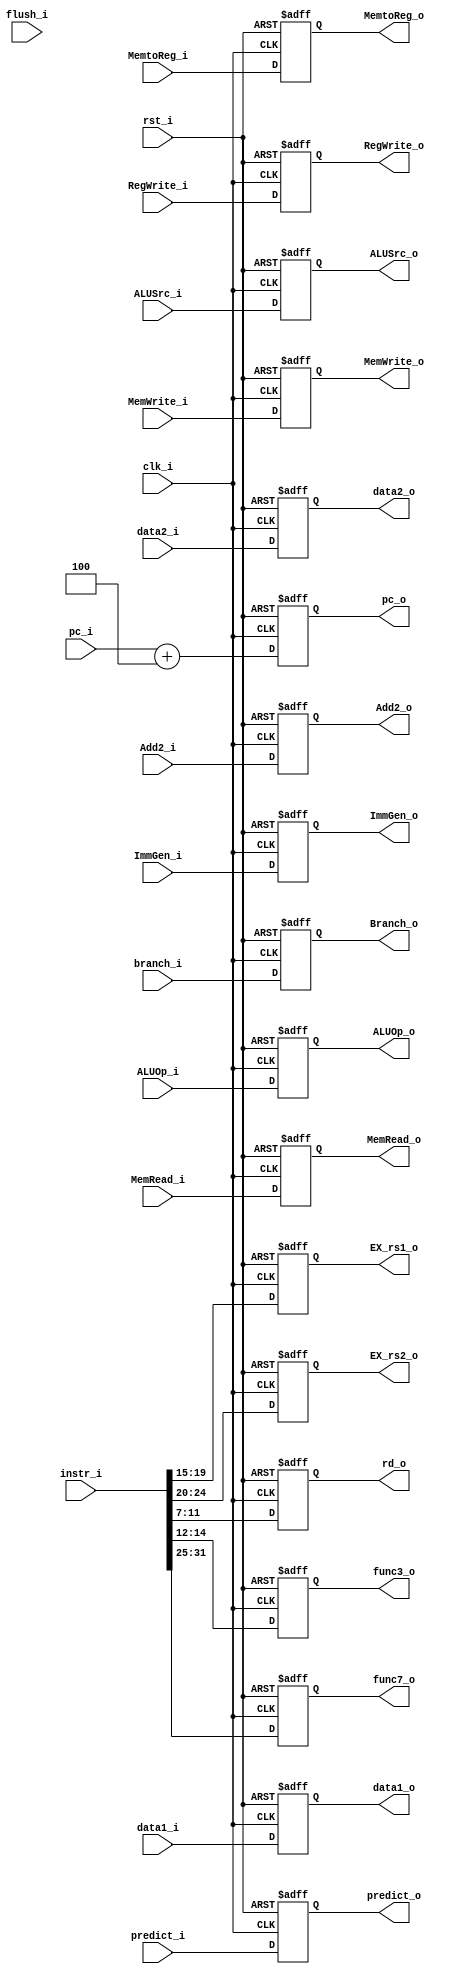
module ID_EX
(
    clk_i,
    rst_i,
    RegWrite_i,
    MemtoReg_i,
    MemRead_i,
    MemWrite_i,
    ALUOp_i,
    ALUSrc_i,
    ImmGen_i,
    instr_i,
    data1_i,
    data2_i,
    Add2_i,
    pc_i,
    branch_i,
    predict_i,
    flush_i,
    predict_o,
    Branch_o,
    Add2_o,
    pc_o,
    RegWrite_o,
    MemtoReg_o,
    MemRead_o,
    MemWrite_o,
    ALUOp_o,
    ALUSrc_o,
    data1_o,
    data2_o,
    ImmGen_o,
    EX_rs1_o,
    EX_rs2_o,
    rd_o,
    func3_o,
    func7_o
);

input clk_i, rst_i, RegWrite_i, MemtoReg_i, MemRead_i, MemWrite_i, ALUSrc_i, branch_i, flush_i, predict_i;
input [1:0] ALUOp_i;
input [31:0] ImmGen_i, instr_i, data1_i, data2_i, pc_i, Add2_i;
output reg RegWrite_o, MemtoReg_o, MemRead_o, MemWrite_o, ALUSrc_o, Branch_o, predict_o;
output reg [1:0] ALUOp_o;
output reg [31:0] data1_o, data2_o, ImmGen_o, pc_o, Add2_o;
output reg [4:0] EX_rs1_o, EX_rs2_o, rd_o;
output reg [2:0] func3_o;
output reg [6:0] func7_o;

always @(posedge clk_i or negedge rst_i) begin
    if (~rst_i) begin
        RegWrite_o <= 1'b0;
        MemtoReg_o <= 1'b0;
        MemRead_o <= 1'b0;
        MemWrite_o <= 1'b0;
        ALUSrc_o <= 1'b0;
        ALUOp_o <= 2'b11;
        data1_o <= 32'b0;
        data2_o <= 32'b0;
        ImmGen_o <= 32'b0;
        EX_rs1_o <= 5'b0;
        EX_rs2_o <= 5'b0;
        rd_o <= 5'b0;
        func3_o <= 3'b0;
        func7_o <= 7'b0;
        pc_o <= 32'b0;
        Add2_o <= 32'b0;
        Branch_o <= 1'b0;
        predict_o <= 1'b0;
    end
    else begin
        RegWrite_o <= RegWrite_i;
        MemtoReg_o <= MemtoReg_i;
        MemRead_o <= MemRead_i;
        MemWrite_o <= MemWrite_i;
        ALUOp_o <= ALUOp_i;
        ALUSrc_o <= ALUSrc_i;
        data1_o <= data1_i;
        data2_o <= data2_i;
        ImmGen_o <= ImmGen_i;
        func3_o <= instr_i[14:12];
        func7_o <= instr_i[31:25];
        EX_rs1_o <= instr_i[19:15];
        EX_rs2_o <= instr_i[24:20];
        rd_o <= instr_i[11:7];
        pc_o <= pc_i + 32'd4;
        Add2_o <= Add2_i;
        Branch_o <= branch_i;
        predict_o <= predict_i;
    end
end

endmodule